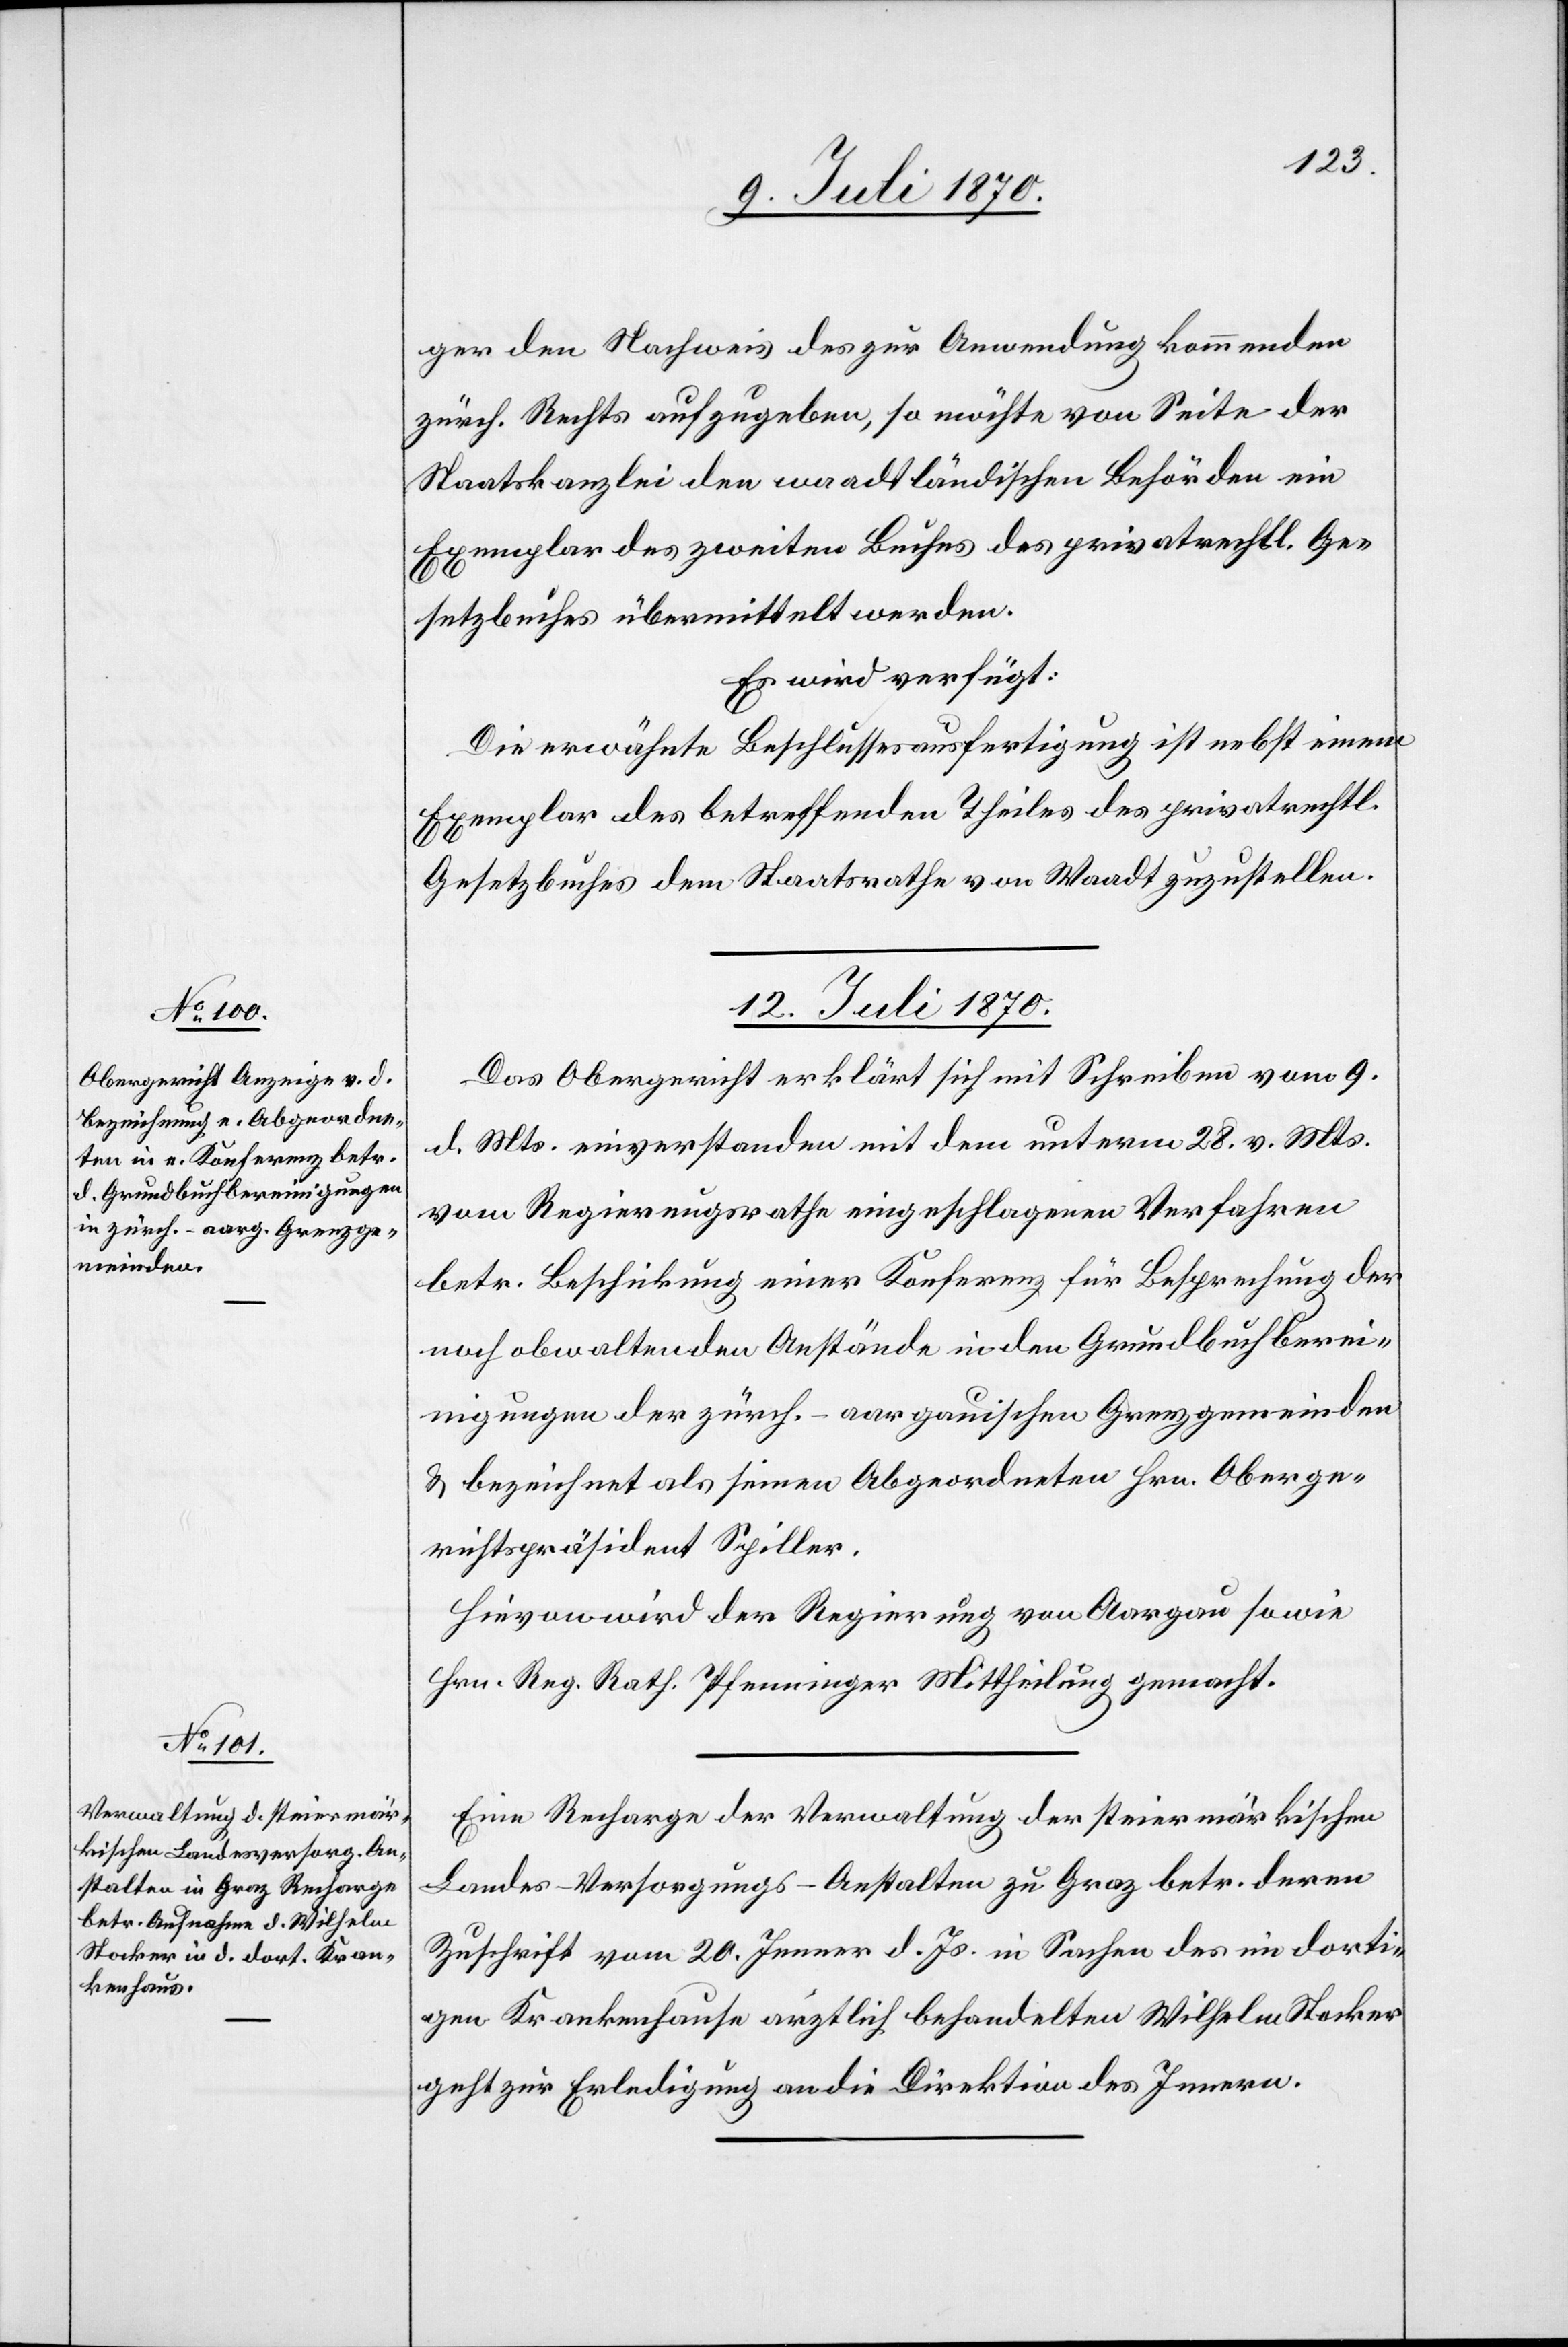
ger den Nachweis des zur Anwendung kommenden
zürch. Rechts aufzugeben, so möchte von Seite der
Staatskanzlei den waadtländischen Behörden ein
Exemplar des zweiten Buches des privatrechtl. Ge¬
setzbuches übermittelt werden.
Es wird verfügt:
Die erwähnte Beschlussesausfertigung ist nebst einem
Exemplar des betreffenden Theiles des privatrechtl.
Gesetzbuches dem Staatsrathe von Waadt zuzustellen.
12. Juli 1870.]
Das Obergericht erklärt sich mit Schreiben vom 9.
d. Mts. einverstanden mit dem unterm 28. v. Mts.
vom Regierungsrathe eingeschlagenen Verfahren
betr. Beschickung einer Konferenz für Besprechung der
noch obwaltenden Anstände in den Grundbuchberei¬
nigungen der zürch.-aargauischen Grenzgemeinden
& bezeichnet als seinen Abgeordneten Hrn. Oberge¬
richtspräsident Spiller.
Hievon wird der Regierung von Aargau sowie
Hrn. Reg. Rath Pfenninger Mittheilung gemacht.
Eine Recharge der Verwaltung der steiermärkischen
Landes-Versorgungs-Anstalten zu Graz betr. deren
Zuschrift vom 20. Jenner d. Js. in Sachen des im dorti¬
gen Krankenhause ärztlich behandelten Wilhelm Stocker
geht zur Erledigung an die Direktion des Innern.